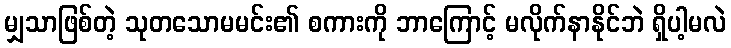
မျှသာဖြစ်တဲ့ သုတသောမမင်း၏ စကားကို ဘာကြောင့် မလိုက်နာနိုင်ဘဲ ရှိပါ့မလဲ